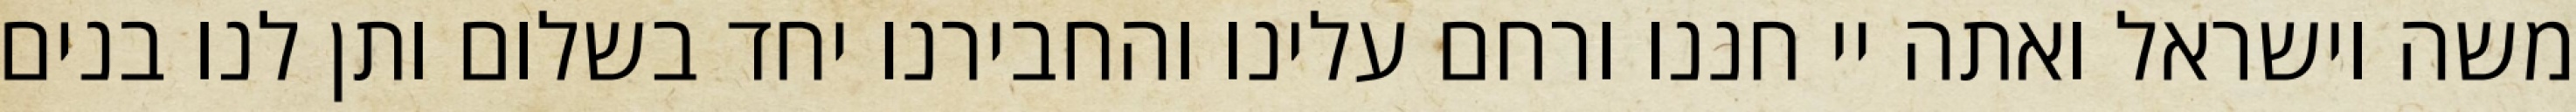
משה וישראל ואתה יי חננו ורחם עלינו והחבירנו יחד בשלום ותן לנו בנים